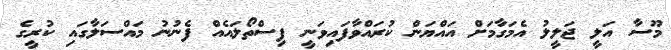
މޫސާ އަލީ ޖަލީލު އެމަގާމަށް އައްޔަން ކުރައްވާފައިވަނީ ފިސްތޯލައެއް ފެނުނު މައްސަލާގައި ކުރީގެ